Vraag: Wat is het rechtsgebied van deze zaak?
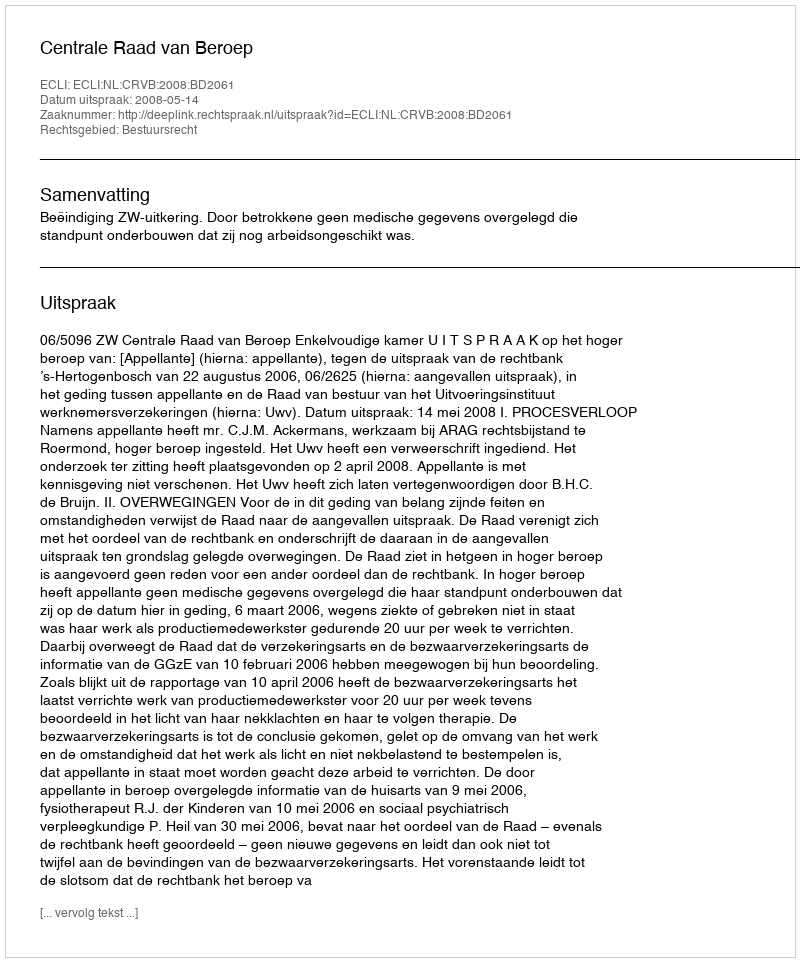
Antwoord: Bestuursrecht